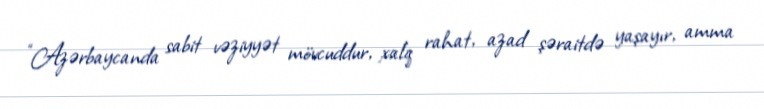
“Azərbaycanda sabit vəziyyət mövcuddur, xalq rahat, azad şəraitdə yaşayır, amma